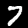
Label: 7